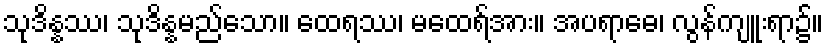
သုဒိန္နဿ၊ သုဒိန္နမည်သော။ ထေရဿ၊ မထေရ်အား။ အပရာဓေ၊ လွန်ကျူးရာ၌။